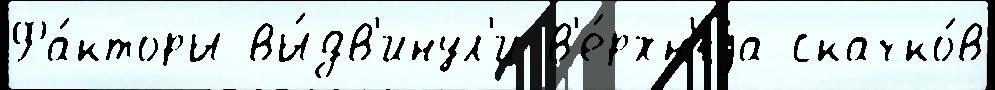
Фа́кторы вы́дв'инул'и в'е́рхн'яjа скачко́в